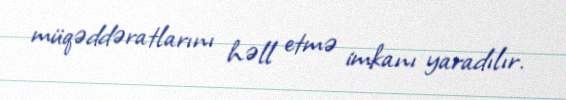
müqəddəratlarını həll etmə imkanı yaradılır.